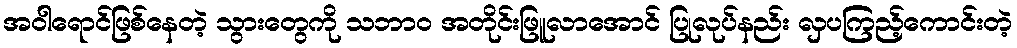
အဝါရောင်ဖြစ်နေတဲ့ သွားတွေကို သဘာ၀ အတိုင်းဖြူလာအောင် ပြုလုပ်နည်း လှပကြည့်ကောင်းတဲ့